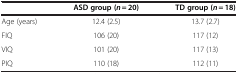
<table><thead><tr><td><b> </b></td><td><b>ASD group (<i>n</i> = 20)</b></td><td><b>TD group (<i>n</i> = 18)</b></td></tr></thead><tbody><tr><td>Age (years)</td><td>12.4 (2.5)</td><td>13.7 (2.7)</td></tr><tr><td>FIQ</td><td>106 (20)</td><td>117 (12)</td></tr><tr><td>VIQ</td><td>101 (20)</td><td>117 (13)</td></tr><tr><td>PIQ</td><td>110 (18)</td><td>112 (11)</td></tr></tbody></table>